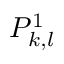
P _ { k , l } ^ { 1 }